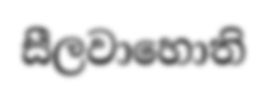
සීලවාහොති